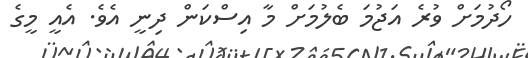
ހޯދުމަށް ވުރެ އަޖުމަ ބެލުމަށް މާ އިސްކަން ދިނީ އެވެ. އެއީ މީގެ